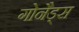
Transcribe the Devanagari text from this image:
गोनैड्स